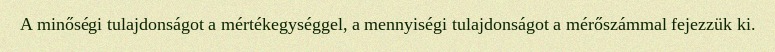
A minőségi tulajdonságot a mértékegységgel, a mennyiségi tulajdonságot a mérőszámmal fejezzük ki.